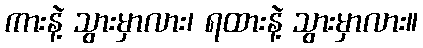
ကားနဲ့ သွားမှာလား၊ ရထားနဲ့ သွားမှာလား။